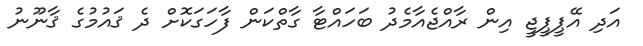
އަދި އޭޕީޕީޖީ އިން ރާއްޖެއާމެދު ބަހައްޓާ ގާތްކަން ފާހަގަކޮށް ދެ ޤައުމުގެ ޤާނޫނު